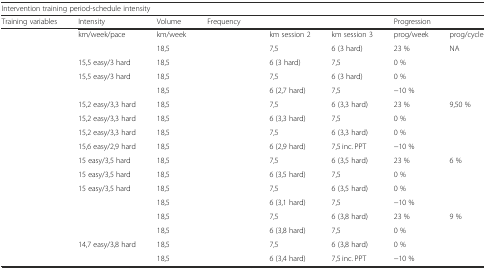
<table><thead><tr><td colspan="8"><b>Intervention training period-schedule intensity</b></td></tr><tr><td><b>Training variables</b></td><td><b>Intensity</b></td><td><b>Volume</b></td><td colspan="3"><b>Frequency</b></td><td colspan="2"><b>Progression</b></td></tr></thead><tbody><tr><td>[EMPTY_CELL]</td><td>km/week/pace</td><td>km/week</td><td>[EMPTY_CELL]</td><td>km session 2</td><td>km session 3</td><td>prog/week</td><td>prog/cycle</td></tr><tr><td>[EMPTY_CELL]</td><td>[EMPTY_CELL]</td><td>18,5</td><td>[EMPTY_CELL]</td><td>7,5</td><td>6 (3 hard)</td><td>23 %</td><td rowspan="4">NA</td></tr><tr><td>[EMPTY_CELL]</td><td>15,5 easy/3 hard</td><td>18,5</td><td>[EMPTY_CELL]</td><td>6 (3 hard)</td><td>7,5</td><td>0 %</td></tr><tr><td>[EMPTY_CELL]</td><td>15,5 easy/3 hard</td><td>18,5</td><td>[EMPTY_CELL]</td><td>7,5</td><td>6 (3 hard)</td><td>0 %</td></tr><tr><td>[EMPTY_CELL]</td><td>[EMPTY_CELL]</td><td>18,5</td><td>[EMPTY_CELL]</td><td>6 (2,7 hard)</td><td>7,5</td><td>−10 %</td></tr><tr><td>[EMPTY_CELL]</td><td>15,2 easy/3,3 hard</td><td>18,5</td><td>[EMPTY_CELL]</td><td>7,5</td><td>6 (3,3 hard)</td><td>23 %</td><td rowspan="4">9,50 %</td></tr><tr><td>[EMPTY_CELL]</td><td>15,2 easy/3,3 hard</td><td>18,5</td><td>[EMPTY_CELL]</td><td>6 (3,3 hard)</td><td>7,5</td><td>0 %</td></tr><tr><td>[EMPTY_CELL]</td><td>15,2 easy/3,3 hard</td><td>18,5</td><td>[EMPTY_CELL]</td><td>7,5</td><td>6 (3,3 hard)</td><td>0 %</td></tr><tr><td>[EMPTY_CELL]</td><td>15,6 easy/2,9 hard</td><td>18,5</td><td>[EMPTY_CELL]</td><td>6 (2,9 hard)</td><td>7,5 inc. PPT</td><td>−10 %</td></tr><tr><td>[EMPTY_CELL]</td><td>15 easy/3,5 hard</td><td>18,5</td><td>[EMPTY_CELL]</td><td>7,5</td><td>6 (3,5 hard)</td><td>23 %</td><td rowspan="4">6 %</td></tr><tr><td>[EMPTY_CELL]</td><td>15 easy/3,5 hard</td><td>18,5</td><td>[EMPTY_CELL]</td><td>6 (3,5 hard)</td><td>7,5</td><td>0 %</td></tr><tr><td>[EMPTY_CELL]</td><td>15 easy/3,5 hard</td><td>18,5</td><td>[EMPTY_CELL]</td><td>7,5</td><td>6 (3,5 hard)</td><td>0 %</td></tr><tr><td>[EMPTY_CELL]</td><td>[EMPTY_CELL]</td><td>18,5</td><td>[EMPTY_CELL]</td><td>6 (3,1 hard)</td><td>7,5</td><td>−10 %</td></tr><tr><td>[EMPTY_CELL]</td><td>[EMPTY_CELL]</td><td>18,5</td><td>[EMPTY_CELL]</td><td>7,5</td><td>6 (3,8 hard)</td><td>23 %</td><td rowspan="4">9 %</td></tr><tr><td>[EMPTY_CELL]</td><td>[EMPTY_CELL]</td><td>18,5</td><td>[EMPTY_CELL]</td><td>6 (3,8 hard)</td><td>7,5</td><td>0 %</td></tr><tr><td>[EMPTY_CELL]</td><td>14,7 easy/3,8 hard</td><td>18,5</td><td>[EMPTY_CELL]</td><td>7,5</td><td>6 (3,8 hard)</td><td>0 %</td></tr><tr><td>[EMPTY_CELL]</td><td>[EMPTY_CELL]</td><td>18,5</td><td>[EMPTY_CELL]</td><td>6 (3,4 hard)</td><td>7,5 inc. PPT</td><td>−10 %</td></tr></tbody></table>